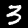
Digit: 3